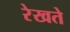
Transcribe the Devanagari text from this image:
रेखते